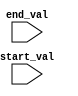
module dynamic_range_for_loop (
    input wire [31:0] start_val,
    input wire [31:0] end_val
);

reg [31:0] loop_var;

always @ (posedge clk or negedge rst) begin
    if (!rst) begin
        loop_var <= start_val;
    end else begin
        if (loop_var < end_val) begin
            loop_var <= loop_var + 1;
        end else begin
            loop_var <= start_val;
        end
    end
end

endmodule